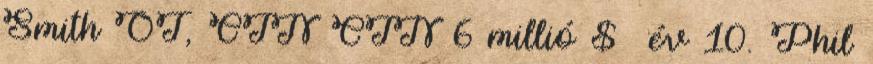
Smith OT, CIN CIN 6 millió $ év 10. Phil